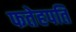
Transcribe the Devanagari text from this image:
फतेहपति